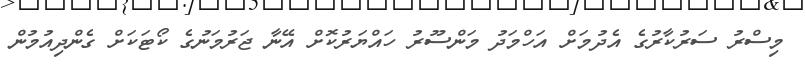
މިސްރު ސަރުކާރުގެ އެދުމަށް އަހްމަދު މަންސޫރު ހައްޔަރުކޮށް އޭނާ ޖަރުމަނުގެ ކޯޓަކަށް ގެންދިއުމުން